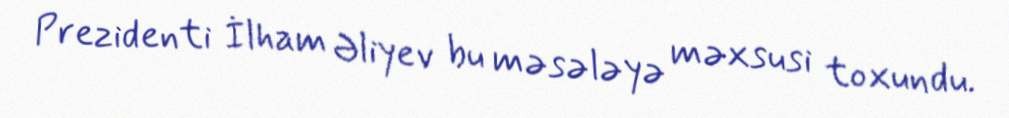
Prezidenti İlham Əliyev bu məsələyə məxsusi toxundu.